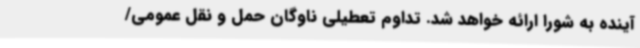
آینده به شورا ارائه خواهد شد. تداوم تعطیلی ناوگان حمل و نقل عمومی/